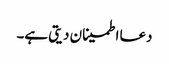
دعا اطمینان دیتی ہے۔